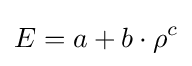
E=a+b\cdot \rho ^{c}